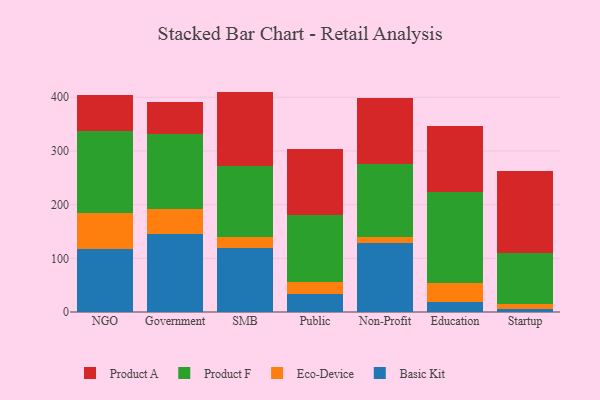
{"axis": {"x": "Segment", "y": "Satisfaction Score"}, "legend": ["Basic Kit", "Eco-Device", "Product A", "Product F"], "data": [{"x": "NGO", "y": 118.1, "type": "Basic Kit"}, {"x": "NGO", "y": 66.0, "type": "Eco-Device"}, {"x": "NGO", "y": 153.0, "type": "Product F"}, {"x": "NGO", "y": 67.0, "type": "Product A"}, {"x": "Government", "y": 145.8, "type": "Basic Kit"}, {"x": "Government", "y": 45.9, "type": "Eco-Device"}, {"x": "Government", "y": 139.1, "type": "Product F"}, {"x": "Government", "y": 59.5, "type": "Product A"}, {"x": "SMB", "y": 119.8, "type": "Basic Kit"}, {"x": "SMB", "y": 20.4, "type": "Eco-Device"}, {"x": "SMB", "y": 131.2, "type": "Product F"}, {"x": "SMB", "y": 139.1, "type": "Product A"}, {"x": "Public", "y": 33.8, "type": "Basic Kit"}, {"x": "Public", "y": 22.4, "type": "Eco-Device"}, {"x": "Public", "y": 125.1, "type": "Product F"}, {"x": "Public", "y": 121.6, "type": "Product A"}, {"x": "Non-Profit", "y": 129.2, "type": "Basic Kit"}, {"x": "Non-Profit", "y": 10.6, "type": "Eco-Device"}, {"x": "Non-Profit", "y": 136.1, "type": "Product F"}, {"x": "Non-Profit", "y": 123.6, "type": "Product A"}, {"x": "Education", "y": 18.0, "type": "Basic Kit"}, {"x": "Education", "y": 35.3, "type": "Eco-Device"}, {"x": "Education", "y": 170.8, "type": "Product F"}, {"x": "Education", "y": 122.2, "type": "Product A"}, {"x": "Startup", "y": 6.5, "type": "Basic Kit"}, {"x": "Startup", "y": 8.9, "type": "Eco-Device"}, {"x": "Startup", "y": 93.7, "type": "Product F"}, {"x": "Startup", "y": 154.2, "type": "Product A"}]}